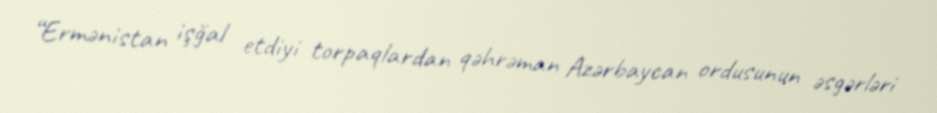
“Ermənistan işğal etdiyi torpaqlardan qəhrəman Azərbaycan ordusunun əsgərləri